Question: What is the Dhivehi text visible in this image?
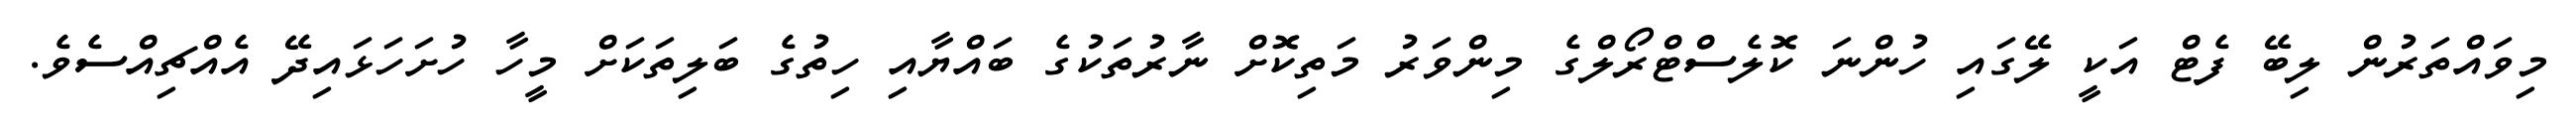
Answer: މިވައްތަރުން ލިބޭ ފެޓް އަކީ ލޭގައި ހުންނަ ކޮލެސްޓްރޯލްގެ މިންވަރު މަތިކޮށް ނާރުތަކުގެ ބައްޔާއި ހިތުގެ ބަލިތަކަށް މީހާ ހުށަހަޅައިދޭ އެއްޗިއްސެވެ.